King Institute of Preventive Medicine Micro-Biological Section reports 1909-11
Year: 1909
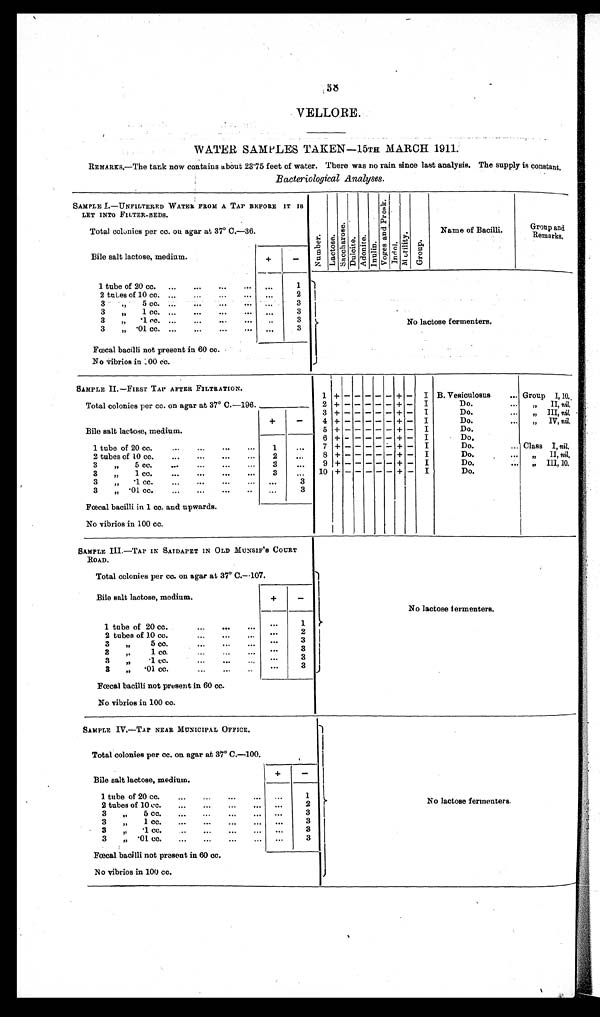
VELLORE.
WATER SAMPLES TAKEN—15TH MARCH 1911.
REMARKS.—The tank now contains about 23.75 feet of water. There was no rain since last analysis. The supply is constant.
Bacteriological Analyses.
SAMPLE I.—UNFILTERED WATER FROM A TAP BEFORE IT
IS LET INTO FILTER-BEDS.
N u m b e r .
L a c t o s e . S a c c h a r o s e . D u l c i t e . A d o n i t e . I n u l i n . V o g e s a n d P r o s k . I n d o l . M o t i l i t y .
G r o u p .
Name of Bacilli.
Group and
Remarks.
Total colonies per cc. on agar at 37° C.—36.
Bile salt lactose, medium.
+
-
1 tube of 20 cc. ...
...
...
...
. . .
1
No lactose fermenters.
2 tubes of 10 cc. ...
...
... ...
2
3 „ 5 cc. ...
...
...
. . . ...
3
3 „ 1 cc ... ... ... ... ...
3
3 „ .1 cc. ...
...
...
. . .
. . .
3
3 „ .01 cc. ...
...
...
. . .
. . .
3
Fœcal bacilli not present in 60 cc.
No vibrios in 100 cc.
SAMPLE II.—FIRST TAP AFTER FILTRATION.
1
+ -
- - - -
+
- I B. Vesiculosus
... Group I, 10.
Total colonies per cc. on agar at 37° C.—196.
2 + -
- - - - + - I
Do.
...
„ II, n i l
.
Bile salt lactose, medium.
+
-
3 + -
- - - - + - I
Do.
„ I I I ,
n i l
.
4 + -
- - - - +
-
I
Do.
„ I V ,
n i l .
5 + -
- - - - +
-
I
Do.
1 tube of 20 cc.
...
...
...
. . .
1
...
6 +
-
- - - - +
-
I
Do.
7 +
-
- - - -
+
-
I
Do.
... Class I, n i l .
2 tubes of 10 cc.
...
...
...
...
2
...
8 +
- - - - - +
-
I
Do.
„ I I ,
n i l .
3 „
5 cc.
...
...
3
. . .
9 + - - - - - + - I
Do.
... „ III, 10.
3 „ 1 cc.
...
...
...
...
3
. . .
10 + - - - - -
+
- I
Do.
3 „ . 1 cc.
...
...
...
... ...
3
3 „ .01 cc.
...
...
...
. . .
. . .
3
Fœcal bacilli in 1 cc. and upwards.
No vibrios in 100 cc.
SAMPLE III.—TAP IN SAIDAPET IN OLD MUNSIF'S COURT
ROAD.
No lactose fermenters.
Total colonies per cc. on agar at 37° C.—107.
Bile salt lactose, medium.
+
-
1 tube of 20 cc.
...
...
...
. . .
1
2 tubes of 10 cc.
...
...
. . .
2
3 „
5 cc.
...
...
. . .
3
3 „ 1 cc. ... ... ...
. . .
3
3 „ .1 cc. ... ...
...
3
3 „ .01 cc...
...
3
Fœcal bacilli not present in 60 cc.
No vibrios in 100 cc.
SAMPLE IV.—TAP NEAR MUNICIPAL OFFICE.
No lactose fermenters.
Total colonies per cc. on agar at 37° C.—100.
Bile salt lactose, medium.
+
-
1 tube of 20 cc.
...
...
. . .
1
2 tubes of 10 cc.
...
...
...
... ...
2
3 „ 5 cc.
...
...
...
...
. . .
3
3 „ 1 cc. ...
...
...
. . .
3
3 „ .1 cc.
...
...
...
. . .
3
3 „ .01 cc.
...
...
. . . 3
Fœcal bacilli not present in 60 cc.
No vibrios in 100 cc.